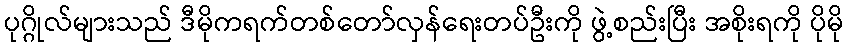
ပုဂ္ဂိုလ်များသည် ဒီမိုကရက်တစ်တော်လှန်ရေးတပ်ဦးကို ဖွဲ့စည်းပြီး အစိုးရကို ပိုမို